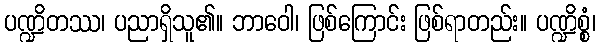
ပဏ္ဍိတဿ၊ ပညာရှိသူ၏။ ဘာဝေါ၊ ဖြစ်ကြောင်း ဖြစ်ရာတည်း။ ပဏ္ဍိစ္စံ၊